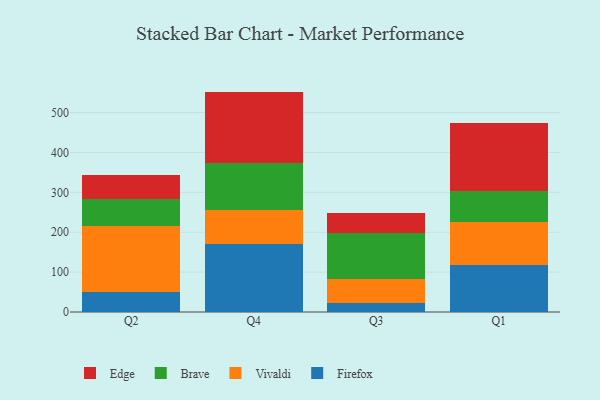
{"axis": {"x": "Quarter", "y": "Inventory Turnover"}, "legend": ["Brave", "Edge", "Firefox", "Vivaldi"], "data": [{"x": "Q2", "y": 50.2, "type": "Firefox"}, {"x": "Q2", "y": 165.6, "type": "Vivaldi"}, {"x": "Q2", "y": 66.8, "type": "Brave"}, {"x": "Q2", "y": 61.0, "type": "Edge"}, {"x": "Q4", "y": 169.4, "type": "Firefox"}, {"x": "Q4", "y": 85.3, "type": "Vivaldi"}, {"x": "Q4", "y": 119.0, "type": "Brave"}, {"x": "Q4", "y": 178.8, "type": "Edge"}, {"x": "Q3", "y": 23.3, "type": "Firefox"}, {"x": "Q3", "y": 58.8, "type": "Vivaldi"}, {"x": "Q3", "y": 117.1, "type": "Brave"}, {"x": "Q3", "y": 49.0, "type": "Edge"}, {"x": "Q1", "y": 118.7, "type": "Firefox"}, {"x": "Q1", "y": 107.7, "type": "Vivaldi"}, {"x": "Q1", "y": 76.2, "type": "Brave"}, {"x": "Q1", "y": 171.4, "type": "Edge"}]}